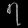
Digit: ၇